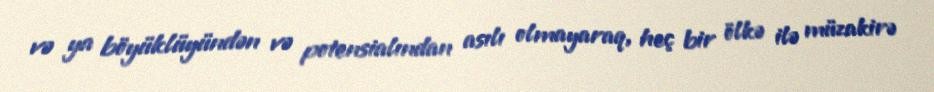
və ya böyüklüyündən və potensialından asılı olmayaraq, heç bir ölkə ilə müzakirə